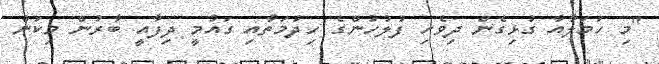
"މި ހަމަލާއާ ގުޅިގެން ދިވެހި ފުލުހުންގެ ހިދުމަތާއި ގައުމީ ދިފާއީ ބާރުން މިކަން